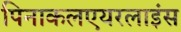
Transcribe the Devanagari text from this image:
पिनाकलएयरलाइंस